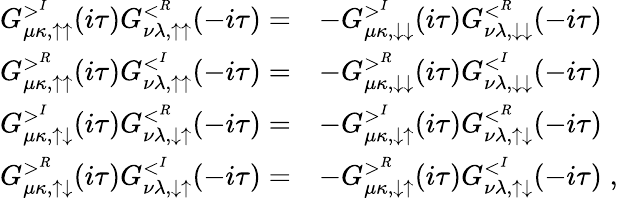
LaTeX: \begin{array}{rl}{G_{\mu\kappa,\uparrow\uparrow}^{>^{I}}(i\tau)G_{\nu\lambda,\uparrow\uparrow}^{<^{R}}(-i\tau)=}&{-G_{\mu\kappa,\downarrow\downarrow}^{>^{I}}(i\tau)G_{\nu\lambda,\downarrow\downarrow}^{<^{R}}(-i\tau)}\\ {G_{\mu\kappa,\uparrow\uparrow}^{>^{R}}(i\tau)G_{\nu\lambda,\uparrow\uparrow}^{<^{I}}(-i\tau)=}&{-G_{\mu\kappa,\downarrow\downarrow}^{>^{R}}(i\tau)G_{\nu\lambda,\downarrow\downarrow}^{<^{I}}(-i\tau)}\\ {G_{\mu\kappa,\uparrow\downarrow}^{>^{I}}(i\tau)G_{\nu\lambda,\downarrow\uparrow}^{<^{R}}(-i\tau)=}&{-G_{\mu\kappa,\downarrow\uparrow}^{>^{I}}(i\tau)G_{\nu\lambda,\uparrow\downarrow}^{<^{R}}(-i\tau)}\\ {G_{\mu\kappa,\uparrow\downarrow}^{>^{R}}(i\tau)G_{\nu\lambda,\downarrow\uparrow}^{<^{I}}(-i\tau)=}&{-G_{\mu\kappa,\downarrow\uparrow}^{>^{R}}(i\tau)G_{\nu\lambda,\uparrow\downarrow}^{<^{I}}(-i\tau)\; ,}\end{array}